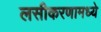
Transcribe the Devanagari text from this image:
लसीकरणामध्ये